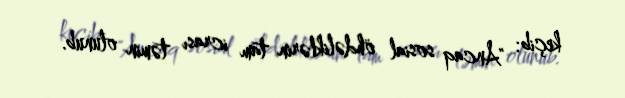
keçib: "Ancaq sosial öhdəliklərin tam icrası təmin olunub.